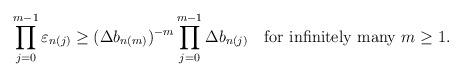
LaTeX: \begin{align*} \prod_{j=0}^{m-1} \varepsilon_{n(j)}\ge (\Delta b_{n(m)})^{-m}\prod_{j=0}^{m-1} \Delta b_{n(j)}\quad\hbox{for infinitely many $m\geq 1$.}\end{align*}